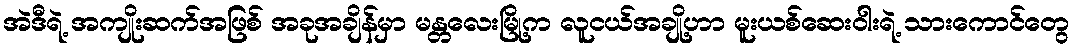
အဲဒီရဲ့ အကျိုးဆက်အဖြစ် အခုအချိန်မှာ မန္တလေးမြို့က လူငယ်အချို့ဟာ မူးယစ်ဆေးဝါးရဲ့ သားကောင်တွေ